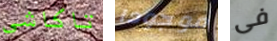
تاكاشي موجودا فى